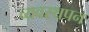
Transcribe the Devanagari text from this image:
व्यवस्थपन